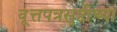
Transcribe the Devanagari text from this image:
वूत्तपत्रसृष्टीच्या